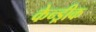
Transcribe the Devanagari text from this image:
केन्ड्रीक